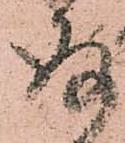
存